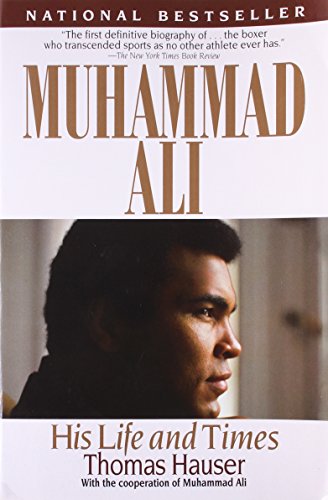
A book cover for Muhammad Ali: His Life and Times; Thomas Hauser; Biographies & Memoirs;